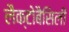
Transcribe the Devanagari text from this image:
लैक्टोबैसिली